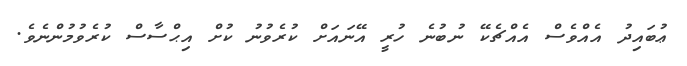
ޢުބައިދު އެއްވެސް އެއްޗެކޭ ނުބުނެ ހުރީ އޭނައަށް ކުރެވުނު ކުށް އިޙްސާސް ކުރެވުމުންނެވެ.